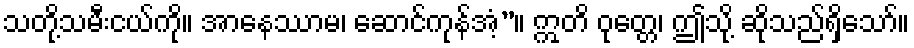
သတို့သမီးငယ်ကို။ အာနေဿာမ၊ ဆောင်ကုန်အံ့”။ ဣတိ ဝုတ္တေ၊ ဤသို့ ဆိုသည်ရှိသော်။